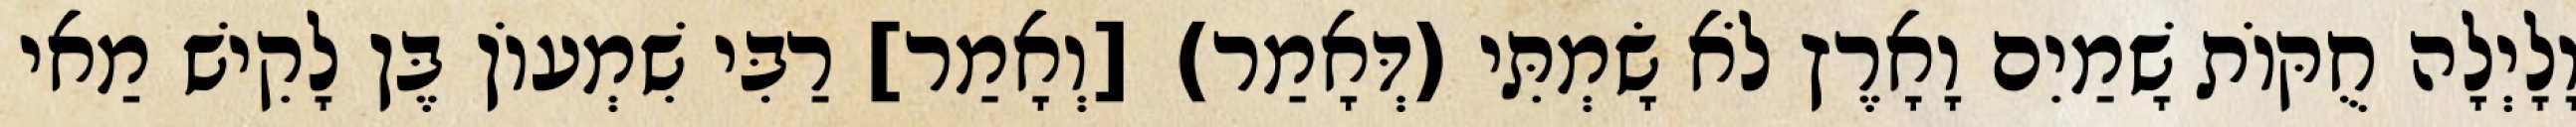
וָלָיְלָה חֻקּוֹת שָׁמַיִם וָאָרֶץ לֹא שָׂמְתִּי (דְּאָמַר) [וְאָמַר] רַבִּי שִׁמְעוֹן בֶּן לָקִישׁ מַאי